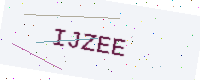
Text: IJZEE